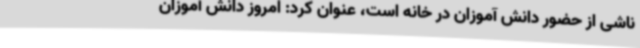
ناشی از حضور دانش آموزان در خانه است، عنوان کرد: امروز دانش آموزان